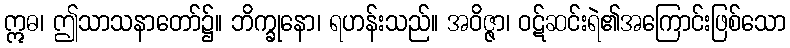
ဣဓ၊ ဤသာသနာတော်၌။ ဘိက္ခုနော၊ ရဟန်းသည်။ အဝိဇ္ဇာ၊ ဝဋ်ဆင်းရဲ၏အကြောင်းဖြစ်သော